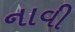
નાવી